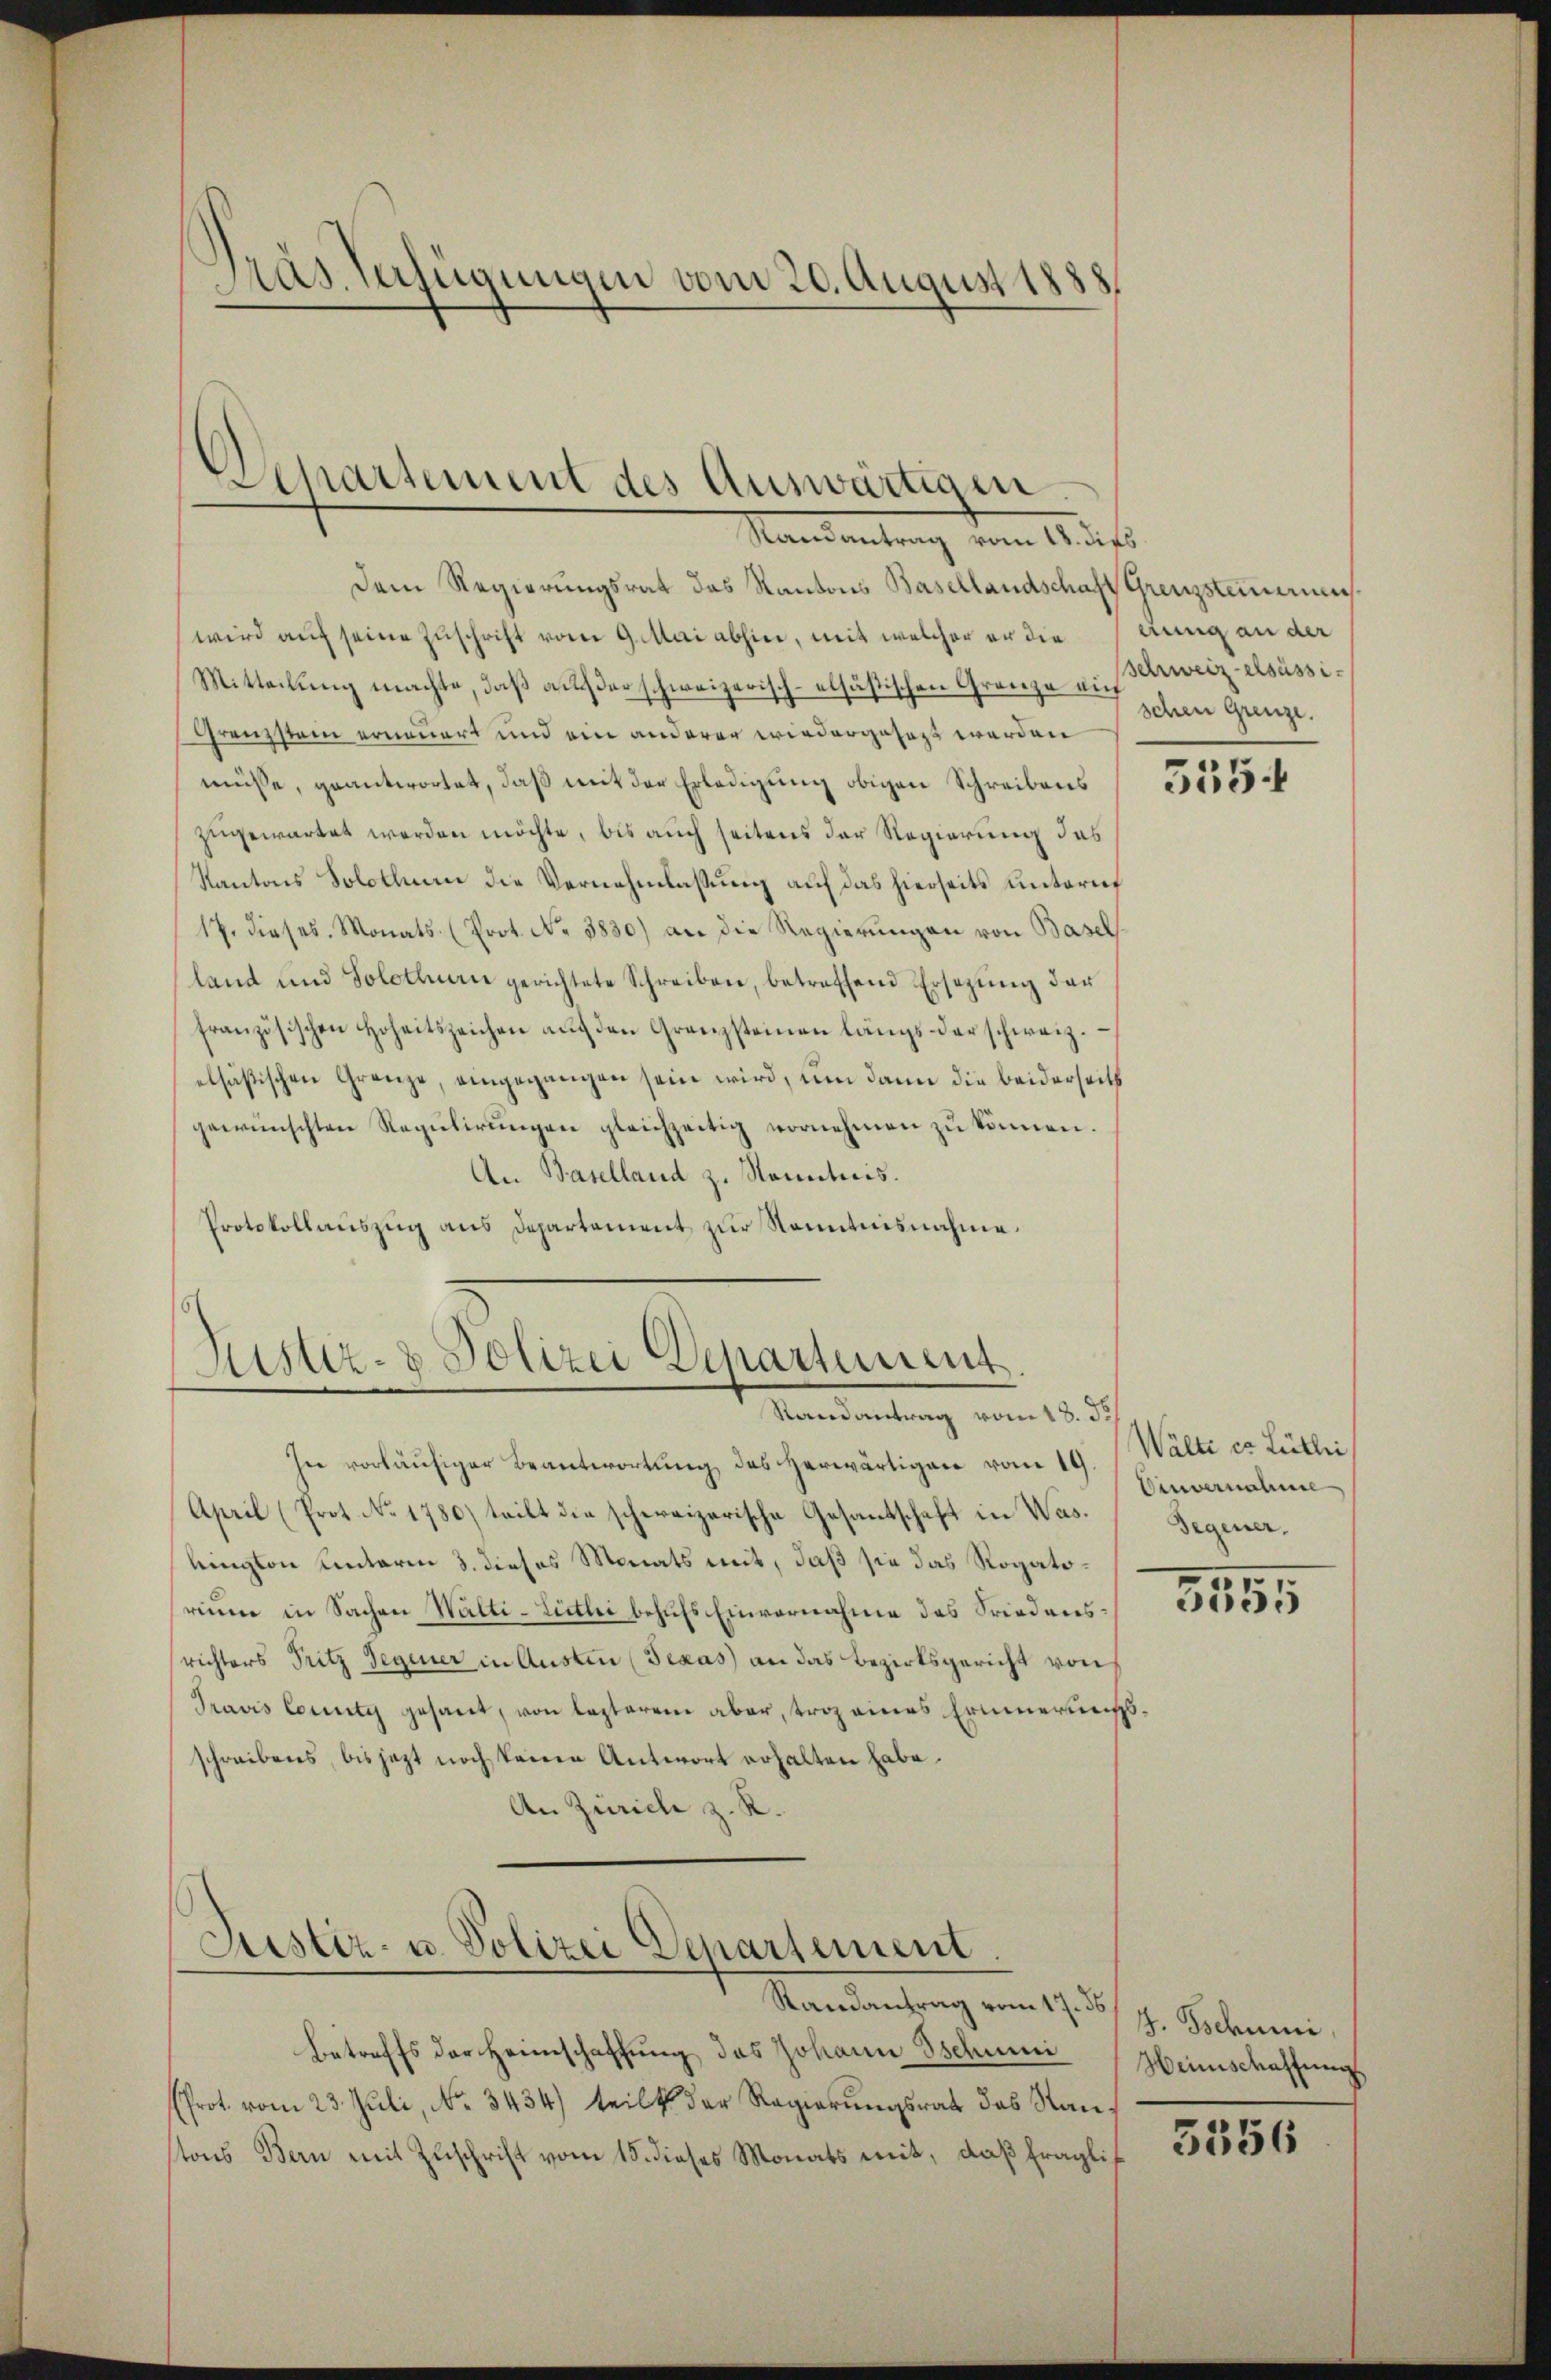
Pras Verfügungen vom 20. August 1888

Departement des Auswärtigen
Randantrag vom 18. dies

Dem Regierungsrat das Kantons Basellandschaft Grenzsteuermeswird auf seine Zuschrift vom 9. Mai abhin, mit welcher er die annig an der
Mitteilŭng machte, daβ aŭf der schweizerisch-elsästischen Granze aus Erweiz elsüssi¬
Grenzstein erneuert und ein anderer wiedergefaßt werden
müsse, geantwortet, daß mit der Erledigung obigen Schreibens
zugewartet werden möchte, bis auch seitens der Regierung das
Kantons Solothurn die Vernehmlassung auf das hierseits unterne
17. dieses. Monats (Prot. No 3830) an die Regierungen von Basel
land und Solothurn gerichtete Schreiben, betreffend Ersetzŭng der
französischen Hoheitszeichen aŭf den Grenzsteinen längs der schweiz.
elsäßischen Grenze, eingegangen sein wird, um dann die beiderseits
gewünschten Regŭlirŭngen gleichzeitig vornehmen zŭ können.
An Baselland z. Sonntnis.
Protokollaŭszŭg ans Departement zŭr Kenntnisnahme.

Zustiz- & Polizei Departement.
Randantrag vom 18. d.

richters Fritz Segener in Austen (Texas an das Bezirksgericht von
Pravis Comity gesant, von lezterem aber, trag eines Erinnerungsschreibens, bis jezt noch keine Antwort erhalten habe.
An Zürich z. R.

Justiz- u. Polizei Departement

Randantrag vom 17. 35 J. Gsdumi
Betreffs der Heimschaffung des Johann schnei
Prot. vom 23. Juli, No. 3434) teilt der Regierŭngsrat des Stantons Bern mit Zuschrift vom 15. dieses Monats mit, daß fragli¬

In vorläufiger Beantwortung des herwärtigen vom 19. Wälti ca Lüthi
April (Prot. No. 1780) teilt die schereizerische Gesantschaft in Waslingten unterm 3. dieses Monats mit, daß sie das Rogatorium in Sachen Wälti-Lietli behufs Einvernahme des Friedens¬

schen Grenze.

5554

Einvernahme
Segener.

5555

Heinschaffung.

5556